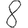
Digit: 8